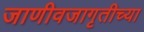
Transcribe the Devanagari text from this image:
जाणीवजागृतीच्या